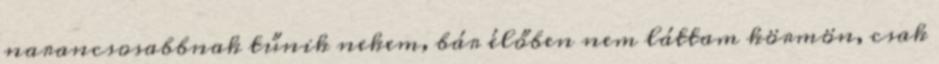
narancsosabbnak tűnik nekem, bár élőben nem láttam körmön, csak